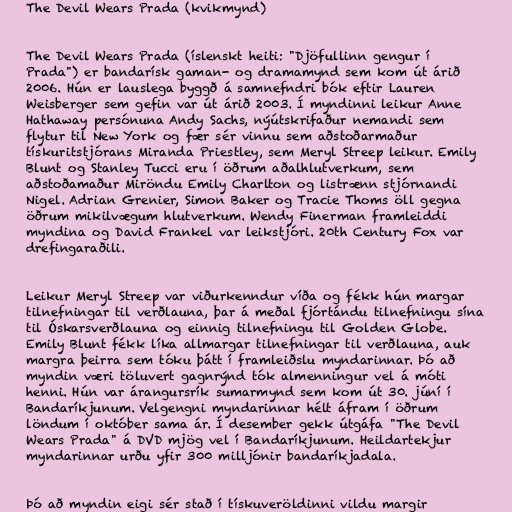
The Devil Wears Prada (kvikmynd)

The Devil Wears Prada (íslenskt heiti: "Djöfullinn gengur í
Prada") er bandarísk gaman- og dramamynd sem kom út árið
2006. Hún er lauslega byggð á samnefndri bók eftir Lauren
Weisberger sem gefin var út árið 2003. Í myndinni leikur Anne
Hathaway persónuna Andy Sachs, nýútskrifaður nemandi sem
flytur til New York og fær sér vinnu sem aðstoðarmaður
tískuritstjórans Miranda Priestley, sem Meryl Streep leikur. Emily
Blunt og Stanley Tucci eru í öðrum aðalhlutverkum, sem
aðstoðamaður Miröndu Emily Charlton og listrænn stjórnandi
Nigel. Adrian Grenier, Simon Baker og Tracie Thoms öll gegna
öðrum mikilvægum hlutverkum. Wendy Finerman framleiddi
myndina og David Frankel var leikstjóri. 20th Century Fox var
drefingaraðili.

Leikur Meryl Streep var viðurkenndur víða og fékk hún margar
tilnefningar til verðlauna, þar á meðal fjórtándu tilnefningu sína
til Óskarsverðlauna og einnig tilnefningu til Golden Globe.
Emily Blunt fékk líka allmargar tilnefningar til verðlauna, auk
margra þeirra sem tóku þátt í framleiðslu myndarinnar. Þó að
myndin væri töluvert gagnrýnd tók almenningur vel á móti
henni. Hún var árangursrík sumarmynd sem kom út 30. júní í
Bandaríkjunum. Velgengni myndarinnar hélt áfram í öðrum
löndum í október sama ár. Í desember gekk útgáfa "The Devil
Wears Prada" á DVD mjög vel í Bandaríkjunum. Heildartekjur
myndarinnar urðu yfir 300 milljónir bandaríkjadala.

Þó að myndin eigi sér stað í tískuveröldinni vildu margir